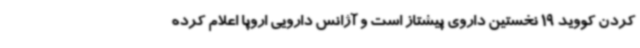
کردن کووید 19 نخستین داروی پیشتاز است و آژانس دارویی اروپا اعلام کرده